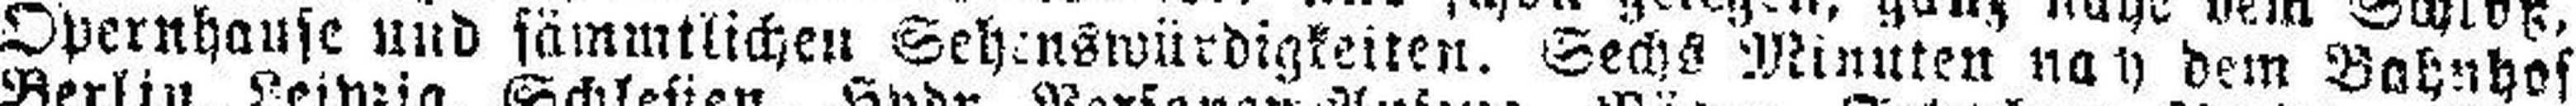
Opernhause und sämmtlichen Sehenswürdigkeiten. Sechs Minuten nah dem Bahnhof